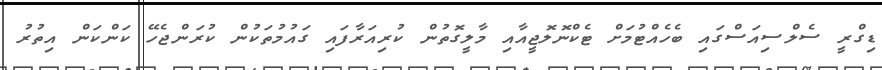
ޑިގްރީ ސެލްސިއަސްގައި ބެހެއްޓުމަށް ޓެކްނޮލޮޖީއާއި މާލީގޮތުން ކުރިއަރާފައި ގައުމުތަކުން ކުރަންޖެހޭ ކަންކަން އިތުރު